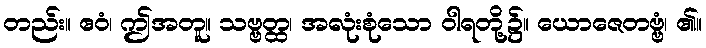
တည်း။ ဧဝံ၊ ဤအတူ။ သဗ္ဗတ္ထ၊ အလုံးစုံသော ဝါရတို့၌။ ယောဇေတဗ္ဗံ၊ ၏။